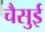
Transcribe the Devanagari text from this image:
चैसुई